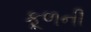
કૂળની